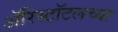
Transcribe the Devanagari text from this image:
ॲरिस्टॉटलच्या